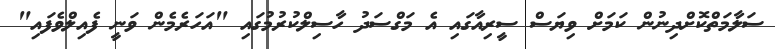
ސަލާމަތްކޮށްދިނުން ކަމަށް ވިޔަސް ސީރިއާގައި އެ މަގްސަދު ހާސިލްކުރުމުގައި "އަހަރެމެން ވަނީ ފެއިލްވެފައި"